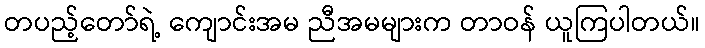
တပည့်တော်ရဲ့ ကျောင်းအမ ညီအမများက တာဝန် ယူကြပါတယ်။